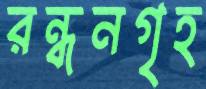
রন্ধনগৃহ